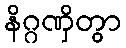
နိဂ္ဂဏှိတွာ